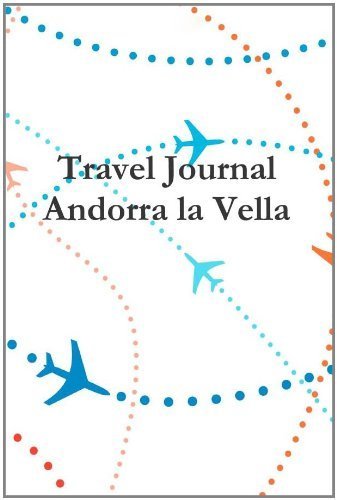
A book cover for Travel Journal Andorra La Vella by Locken, E (2011) Paperback; E Locken; Travel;